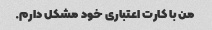
من با کارت اعتباری خود مشکل دارم.